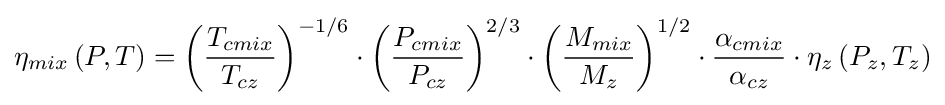
\eta _{mix}\left(P,T\right)=\left({\frac {T_{cmix}}{T_{cz}}}\right)^{-1/6}\cdot \left({\frac {P_{cmix}}{P_{cz}}}\right)^{2/3}\cdot \left({\frac {M_{mix}}{M_{z}}}\right)^{1/2}\cdot {\frac {\alpha _{cmix}}{\alpha _{cz}}}\cdot \eta _{z}\left(P_{z},T_{z}\right)